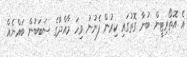
އެ އޮތޯރިޓީން ބުނާ ގޮތުގައި ކިރުން ފެނުނު ވިހަ މާއްދާގެ ސަބަބުން ބައްޔެއް